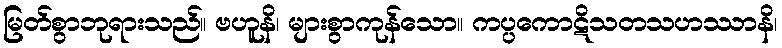
မြတ်စွာဘုရားသည်။ ဗဟူနိ၊ များစွာကုန်သော။ ကပ္ပကောဋိသတသဟဿာနိ၊